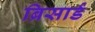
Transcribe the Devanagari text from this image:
ब्रिसार्ड